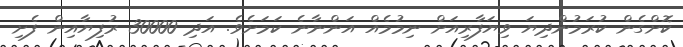
ކޮށްގެން ކުރަމުންދިޔަ ވިޔަފާރިއަށް ނިމުމެއް އަންނާނެ ކަމަށެވެ. އަދި 30000 ރުފިޔާއިން ފެށި